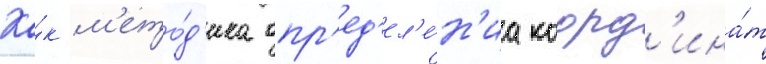
Ка́к м'ето́д'ика опр'ед'ел'е́н'иа коорд'ина́т